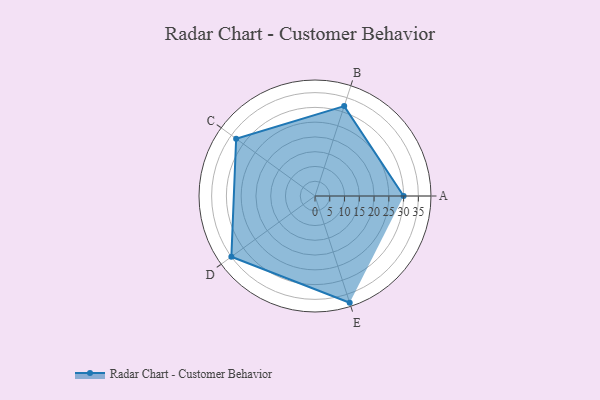
{"axis": {"x": "Skill", "y": "Score"}, "legend": ["Profile"], "data": [{"x": "A", "y": 30.0, "type": "Profile"}, {"x": "B", "y": 32.0, "type": "Profile"}, {"x": "C", "y": 33.0, "type": "Profile"}, {"x": "D", "y": 35.0, "type": "Profile"}, {"x": "E", "y": 38.0, "type": "Profile"}]}